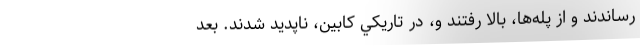
رساندند و از پله‌ها، بالا رفتند و، در تاريكي كابين، ناپديد شدند. بعد